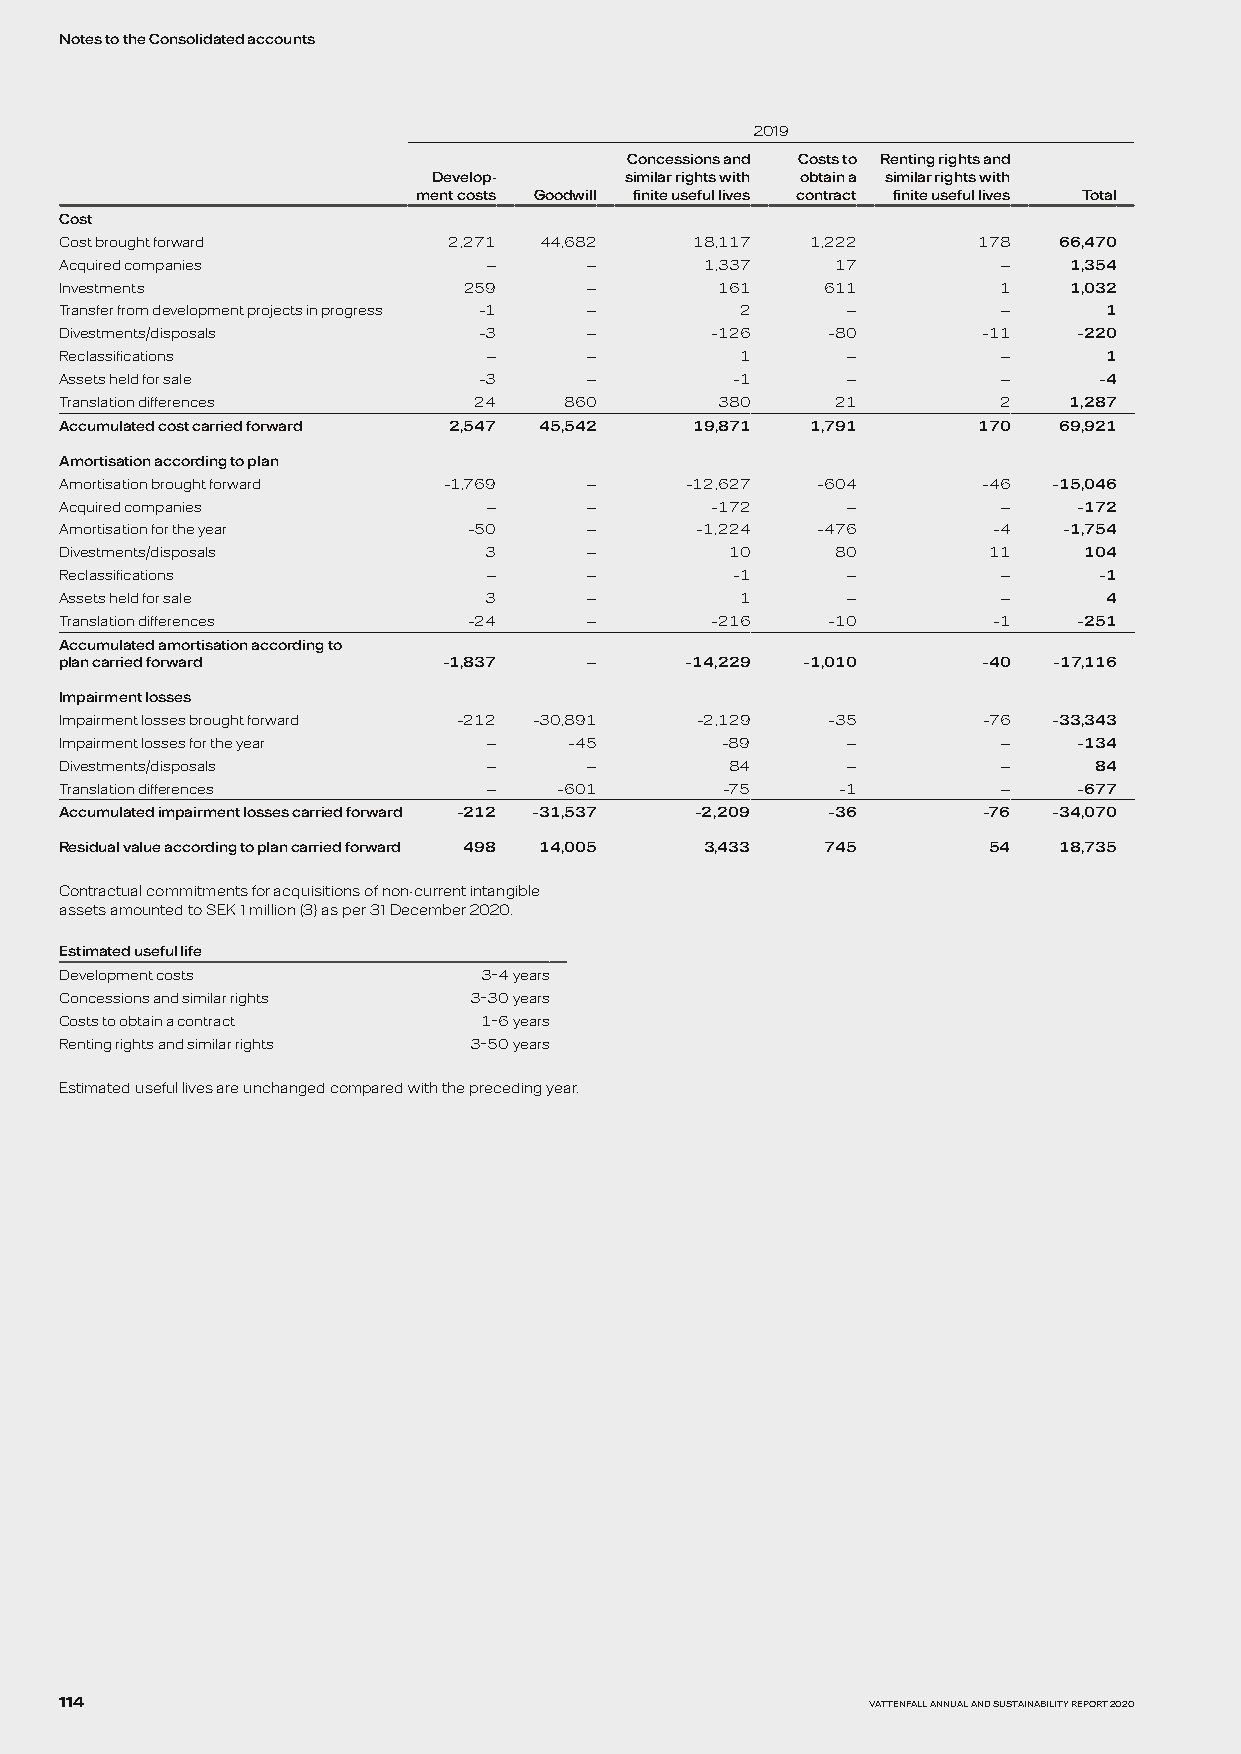
Notes to the Consolidated accounts
 2019
 Concessions and Costs to Renting rights and
 Develop-    similar rights with obtain a similar rights with
 ment costs Goodwill finite useful lives contract finite useful lives Total
 Cost
 Cost brought forward      2,271 44,682    18,117  1,222      178  66,470
 Acquired companies          —      —       1,337   17         —    1,354
 Investments                259     —       161     611        1    1,032
 Transfer from development projects in progress –1 — 2 —       —      1
 Divestments/disposals       –3     —       –126    –80       –11   –220
 Reclassifications           —      —         1      —         —      1
 Assets held for sale        –3     —        –1      —         —      –4
 Translation differences    24    860       380     21         2    1,287
 Accumulated cost carried forward 2,547 45,542 19,871 1,791   170  69,921
 Amortisation according to plan
 Amortisation brought forward –1,769 —    –12,627  –604       –46  –15,046
 Acquired companies          —      —       –172     —         —    –172
 Amortisation for the year  –50     —      –1,224  –476        –4  –1,754
 Divestments/disposals       3      —        10     80        11     104
 Reclassifications           —      —        –1      —         —      –1
 Assets held for sale        3      —         1      —         —      4
 Translation differences    –24     —       –216    –10        –1   –251
 Accumulated amortisation according to
 plan carried forward     –1,837    —     –14,229 –1,010      –40  –17,116
 Impairment losses
 Impairment losses brought forward –212 –30,891 –2,129 –35    –76  –33,343
 Impairment losses for the year —  –45       –89     —         —    –134
 Divestments/disposals       —      —        84      —         —     84
 Translation differences     —    –601       –75     –1        —    –677
 Accumulated impairment losses carried forward –212 –31,537 –2,209 –36 –76 –34,070
 Residual value according to plan carried forward 498 14,005 3,433 745 54 18,735
 Contractual commitments for acquisitions of non-current intangible
 assets amounted to SEK 1 million (3) as per 31 December 2020.
 Estimated useful life
 Development costs           3–4 years
 Concessions and similar rights 3–30 years
 Costs to obtain a contract  1–6 years
 Renting rights and similar rights 3–50 years
 Estimated useful lives are unchanged compared with the preceding year.
 114                                                   VATTENFALL ANNUAL AND SUSTAINABILITY REPORT 2020